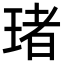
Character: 琽